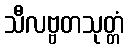
သီလဗ္ဗတသုတ္တံ